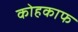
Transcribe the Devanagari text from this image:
कोहकाफ